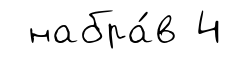
набра́в 4